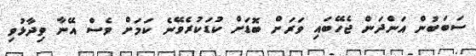
ސަބަބުން އަންދަން ޖެހޭބައި ވަރަށް ބޮޑަށް ކުޑަކުރެވޭނެ ކަމަށް ވެސް އޭނާ ވިދާޅުވި